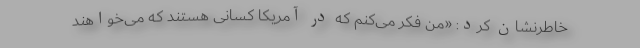
خاطرنشان کرد: «من فکر می‌کنم که در آمریکا کسانی هستند که می‌خواهند